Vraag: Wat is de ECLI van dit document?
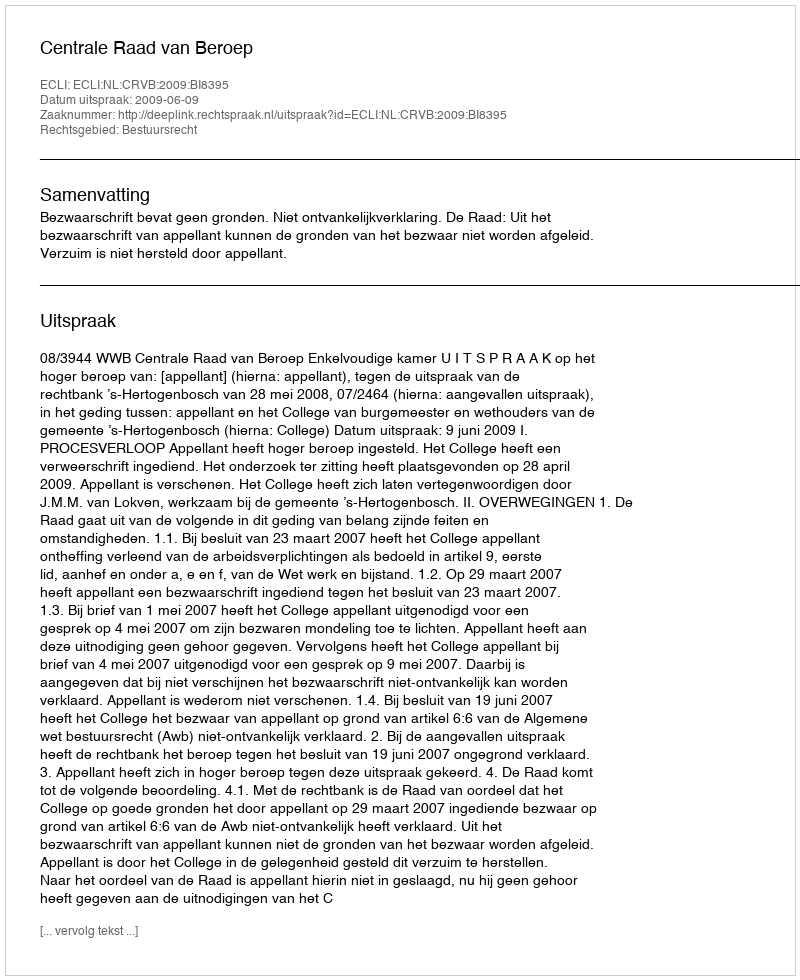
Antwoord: ECLI:NL:CRVB:2009:BI8395